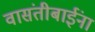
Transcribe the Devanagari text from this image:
वासंतीबाईंना